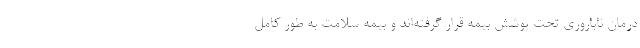
درمان ناباروری تحت پوشش بیمه قرار گرفته‌اند و بیمه سلامت به طور کامل